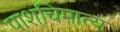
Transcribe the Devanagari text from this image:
पाशचिमात्य